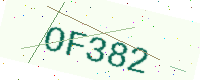
Text: OF382